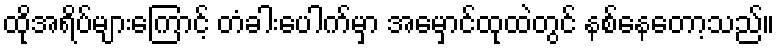
ထိုအရိပ်များကြောင့် တံခါးပေါက်မှာ အမှောင်ထုထဲတွင် နစ်နေတော့သည်။